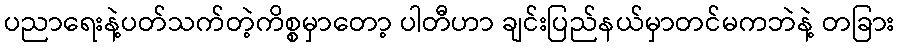
ပညာရေးနဲ့ပတ်သက်တဲ့ကိစ္စမှာတော့ ပါတီဟာ ချင်းပြည်နယ်မှာတင်မကဘဲနဲ့ တခြား